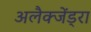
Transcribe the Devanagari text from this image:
अलैक्जेंड्रा